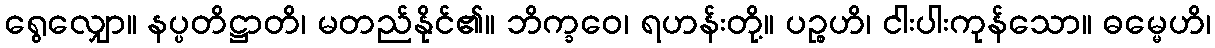
ရွေလျှော။ နပ္ပတိဋ္ဌာတိ၊ မတည်နိုင်၏။ ဘိက္ခဝေ၊ ရဟန်းတို့။ ပဉ္စဟိ၊ ငါးပါးကုန်သော။ ဓမ္မေဟိ၊